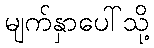
မျက်နှာပေါ်သို့